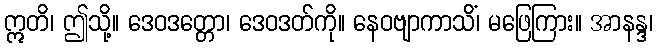
ဣတိ၊ ဤသို့။ ဒေဝဒတ္တော၊ ဒေဝဒတ်ကို။ နေဝဗျာကာသိံ၊ မဖြေကြား။ အာနန္ဒ၊